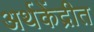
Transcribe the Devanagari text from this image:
अर्थकेंद्रीत